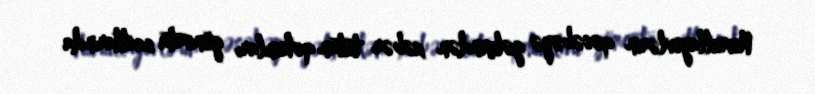
Nurullayevlərin qəsəbəyə gəlişindən xəbər tutan qohumları günorta saatlarında